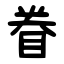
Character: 眷